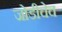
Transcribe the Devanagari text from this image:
जोडीचेच